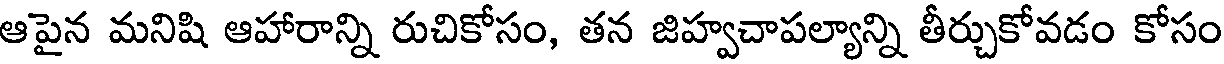
ఆపైన మనిషి ఆహారాన్ని రుచికోసం, తన జిహ్వచాపల్యాన్ని తీర్చుకోవడం కోసం